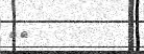
٦٠